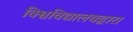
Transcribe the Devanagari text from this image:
विश्वविद्यालयद्वारा